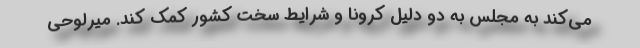
می‌کند به مجلس به دو دلیل کرونا و شرایط سخت کشور کمک کند. میرلوحی